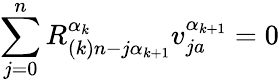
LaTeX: \sum_{j=0}^{n}R_{(k)n-j\alpha_{k+1}}^{\alpha_{k}}v_{ja}^{\alpha_{k+1}}=0